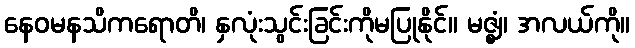
နေဝမနသိကရောတိ၊ နှလုံးသွင်းခြင်းကိုမပြုနိုင်။ မဇ္ဈံ၊ အလယ်ကို။